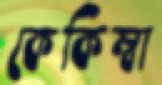
কেকিম্বা